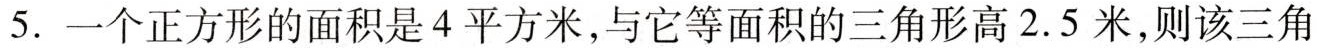
5.一个正方形的面积是4平方米，与它等面积的三角形高2.5米，则该三角